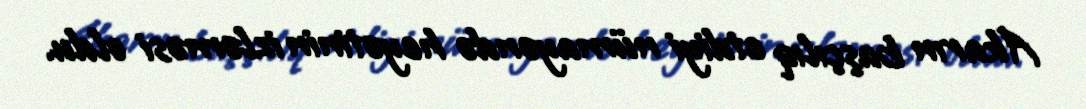
Akarın başçılıq etdiyi nümayəndə heyətinin izləməsi oldu.